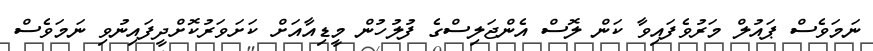
ނަމަވެސް ޕައުލް މަރުވެފައިވާ ކަން ލޮސް އެންޖަލިސްގެ ފުލުހުން މީޑިއާއަށް ކަށަވަރުކޮށްދީފައިނުވި ނަމަވެސް